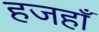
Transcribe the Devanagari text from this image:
हजहाँ